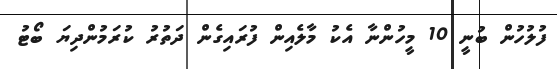
ފުލުހުން ބުނީ 10 މީހުންނާ އެކު މާލެއިން ފުރައިގެން ދަތުރު ކުރަމުންދިޔަ ބޯޓު